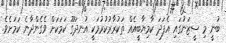
ބުނީ މި ސީޒަނުގައި އެފަދަ ކާމިޔާބީއެއް ތަކުރާރުކުރުމަކީ އުނދަގޫ ކަމަކަށް ވެގެންދާނެ ކަމަށެވެ.